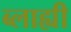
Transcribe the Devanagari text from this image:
ब्लाह्यी